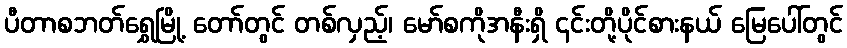
ပီတာစဘတ်ရွှေမြို့ တော်တွင် တစ်လှည့်၊ မော်စကိုအနီးရှိ ၎င်းတို့ပိုင်စားနယ် မြေပေါ်တွင်